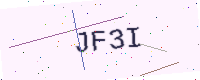
Text: JF3I